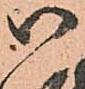
御